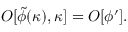
{ \cal O } [ \tilde { \phi } ( \kappa ) , \kappa ] = { \cal O } [ \phi ^ { \prime } ] .